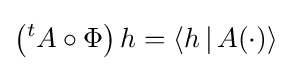
\left({}^{t}A\circ \Phi \right)h=\langle h\,|\,A(\cdot )\rangle